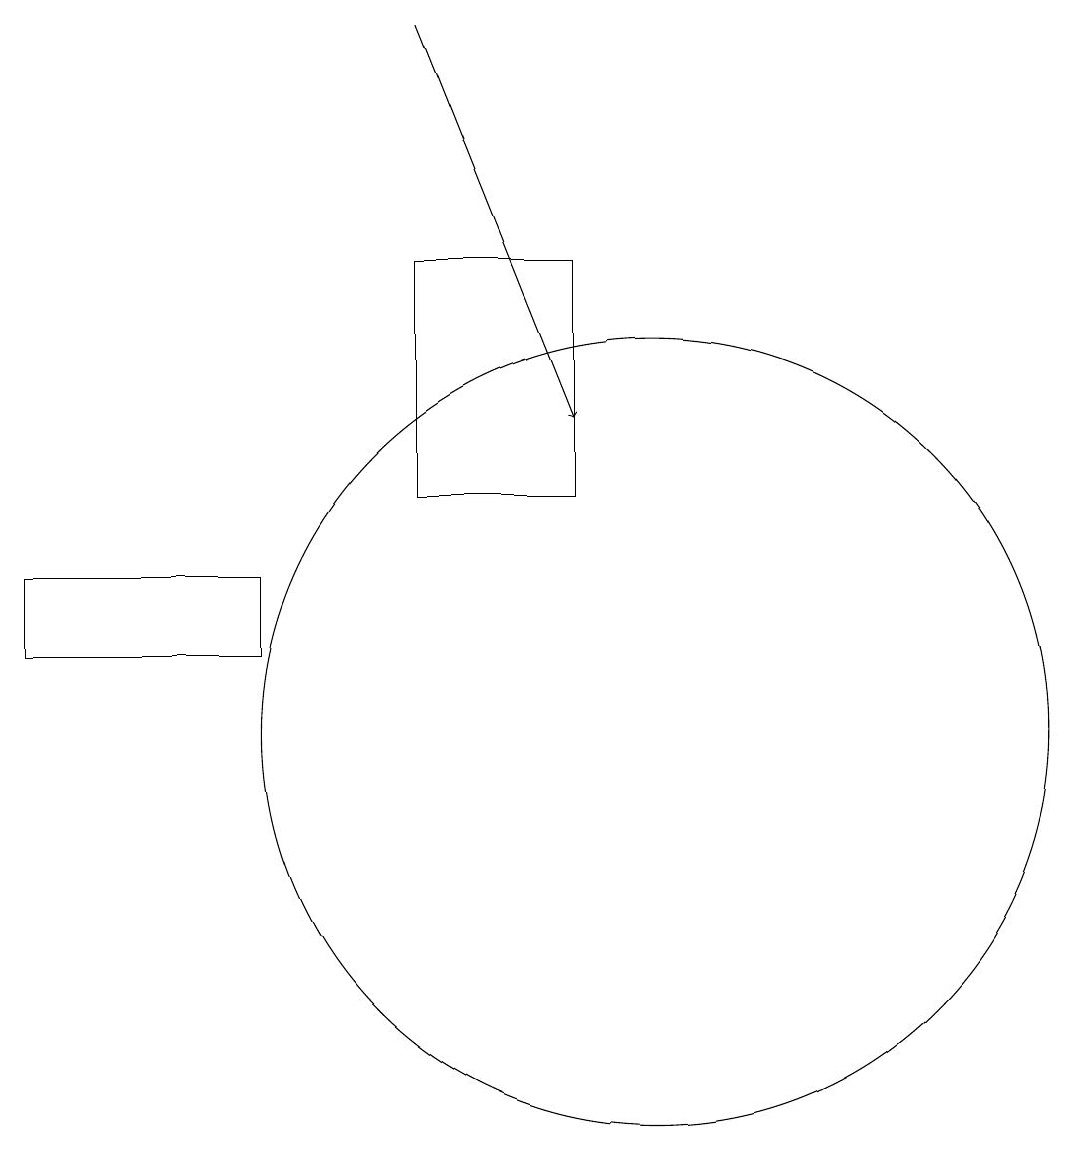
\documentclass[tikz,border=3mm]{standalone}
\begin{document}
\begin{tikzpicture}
\draw (7,13) rectangle (9,16);
\draw[->] (7,19) -- (9,14);
\draw (10,10) circle (5);
\draw (5,11) rectangle (2,12);
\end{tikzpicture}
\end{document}